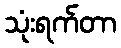
သုံးရက်တာ